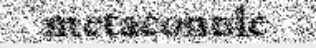
metaconule